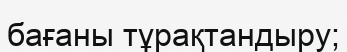
бағаны тұрақтандыру;